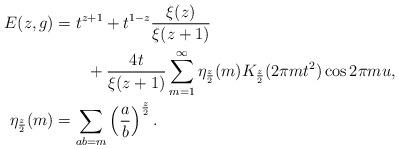
LaTeX: \begin{align*}E(z,g)&= t^{z+1}+ t^{1-z}\frac{\xi(z)}{\xi(z+1)}\\ & \qquad+\frac{4t}{\xi(z+1)} \sum_{m=1}^\infty\eta_{\frac{z}{2}}(m)K_{\frac{z}{2}}(2\pi m t^2)\cos 2\pi m u,\\\eta_{\frac{z}{2}}(m)&=\sum_{ab = m}\left(\frac{a}{b} \right)^{\frac{z}{2}}.\end{align*}